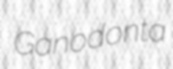
Ganodonta